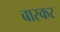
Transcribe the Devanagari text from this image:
बास्कर